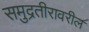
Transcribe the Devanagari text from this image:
समुद्रतीरावरील